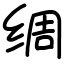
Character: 绸